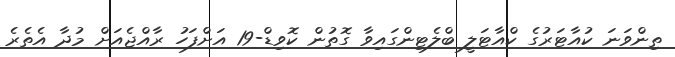
ތިންވަނަ ކުއާޓަރުގެ ކްއާޓަލީ ބްލެޓިންގައިވާ ގޮތުން ކޮވިޑް-19 އަށްފަހު ރާއްޖެއަށް މުދާ އެތެރެ